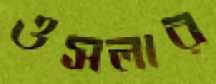
ওসলার